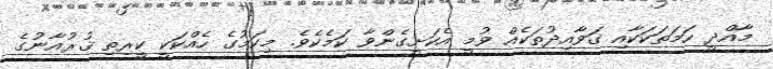
މާއްދީ ހަމަތަކަކާއި ގަވާއިދުތަކެއް ވުމީ އެކަށީގެންވާ ކަމެކެވެ. މިކަމުގެ ހެއްކަކީ ކީރިތި ޤުރުއާނުގެ